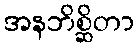
အနဘိစ္ဆိတာ